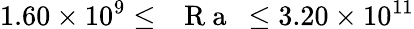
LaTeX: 1.60\times 10^{9}\leq\mathrm{~\textit~{~R~a~}~}\leq 3.20\times 10^{11}